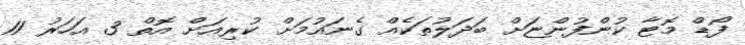
ފޯޑް މޮޓާ ކުންފުންޏަށް ބަދަލުތަކެއް ގެނައުމަށް ކުރިއަށް އޮތް 3 އަހަރު 11